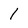
Character: 1